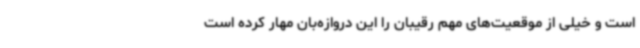
است و خیلی از موقعیت‌های مهم رقیبان را این دروازه‌بان مهار کرده است